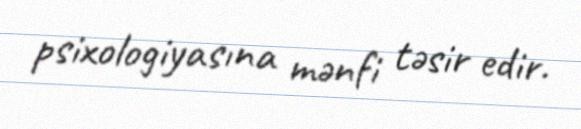
psixologiyasına mənfi təsir edir.